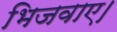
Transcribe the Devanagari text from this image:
भिजवाए।